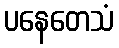
ပနေတေသံ